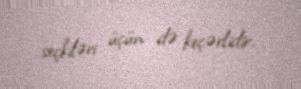
seçkiləri üçün də keçərlidir.